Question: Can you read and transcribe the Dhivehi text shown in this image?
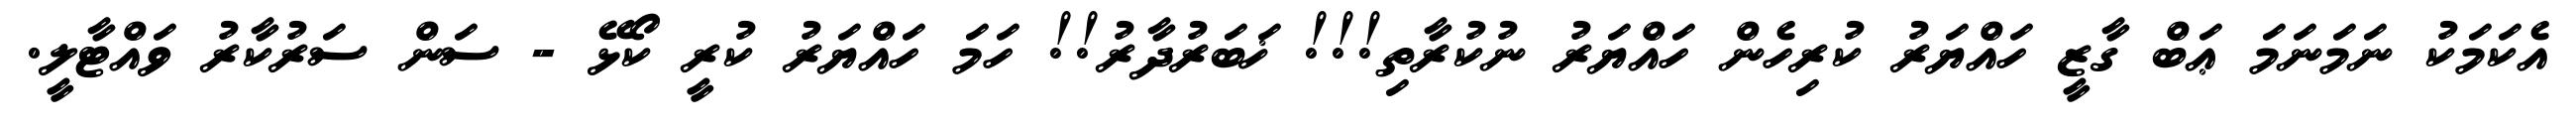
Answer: އެކަމަކު ނަމަނަމަ ޢަބް ގާޒީ ހައްޔަރު ކުރިހެން ހައްޔަރު ނުކުރާތި!!! ޚަބަރުދާރު!! ހަމަ ހައްޔަރު ކުރީ ކޯޅޭ - ސަން ސަރުކާރު ވައްޓާލީ.